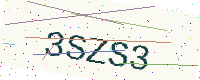
Text: 3SZS3